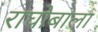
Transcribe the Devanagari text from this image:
राघोबाला